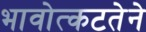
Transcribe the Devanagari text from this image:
भावोत्कटतेने